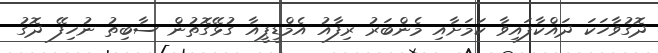
ދޮގުވާހަކަ ދައްކާފައިވާ ކަމަށާއި މެންބަރު ރިފާއު އެމްޑީޕީއާ ގުޅޭގޮތުން ސާބިތު ނުހިފޭ ދޮގު